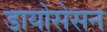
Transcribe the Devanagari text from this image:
डायोसेसन